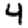
Digit: 4